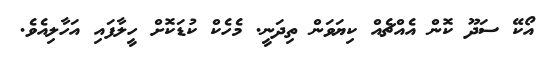
އޯކޭ ސަދޫ ކޮން އެއްޗެއް ކިޔަވަން ތިދަނީ. މެހެކް ކުޑަކޮށް ހީލާފައި އަހާލިއެވެ.